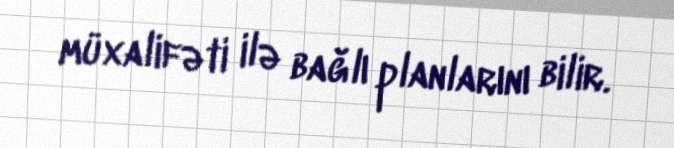
müxalifəti ilə bağlı planlarını bilir.